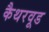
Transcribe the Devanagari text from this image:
कैथरवूड